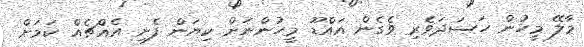
މާލޭ މީހުން ހަސަދަވެރި ވެގެން އައްޑޫ މީހުންނަށް ކިޔަން ފެށި އެއްޗެއް ކަމަށް